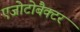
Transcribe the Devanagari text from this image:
एजोटोबैक्टर